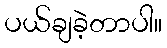
ပယ်ချခဲ့တာပါ။